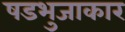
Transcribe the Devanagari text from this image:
षडभुजाकार